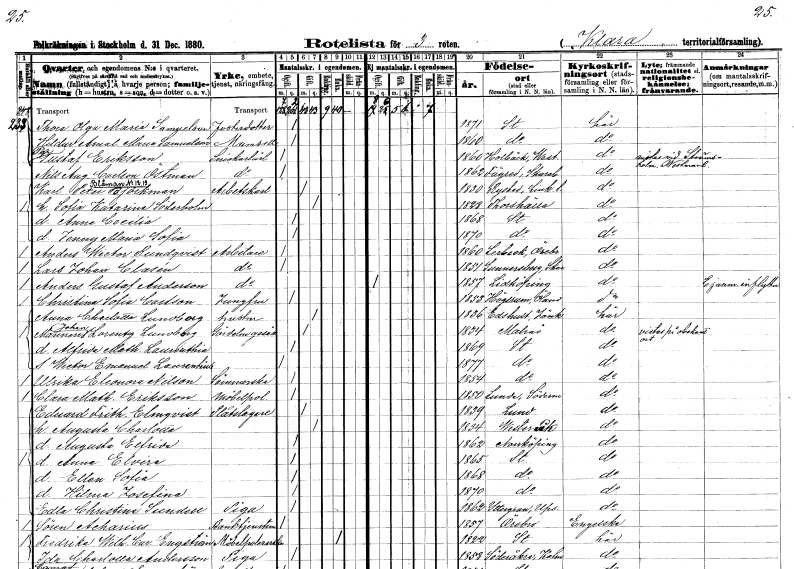
gt_parse: households: individuals: FN: Thora Olga Maria
EN: Samuelsson
KON: K
CIV: O
FODAR: 1871
FODFORS: Stockholm
FN: Hildur Amalia Maria
EN: Samuelsson
KON: K
CIV: O
FODAR: 1860
FODFORS: Stockholm
FN: Per Gustaf
EN: Eriksson
YRKE: Snickarelärling
KON: M
CIV: O
FODAR: 1860
FODFORS: Kolbäck Västmanlands län
FN: Nils August
EN: Carlson Östman
YRKE: Snickarelärling
KON: M
CIV: O
FODAR: 1862
FODFORS: Färed Skaraborgs län
FN: Karl Peter
EN: Björkman
YRKE: Arbetskarl
KON: M
CIV: G
FODAR: 1830
FODFORS: Rystad Östergötlands län
FN: Sofia Katarina
EN: Söderholm
KON: K
CIV: G
FODAR: 1828
FODFORS: Torshälla Södermanlands län
FN: Anna Cecilia
KON: K
CIV: O
FODAR: 1868
FODFORS: Stockholm
FN: Jenny Maria Sofia
KON: K
CIV: O
FODAR: 1870
FODFORS: Stockholm
FN: Anders Wictor
EN: Rundqvist
YRKE: Arbetare
KON: M
CIV: O
FODAR: 1860
FODFORS: Lerbäck Örebro län
FN: Lars Johan
EN: Clasén
YRKE: Arbetare
KON: M
CIV: O
FODAR: 1851
FODFORS: Sunnersberg Skaraborgs län
FN: Anders Gustaf
EN: Anderson
YRKE: Arbetare
KON: M
CIV: O
FODAR: 1857
FODFORS: Lidköping Skaraborgs län
FN: Christina Sofia
EN: Carlson
YRKE: Jungfru
KON: K
CIV: O
FODAR: 1853
FODFORS: Högsrum Kalmar län
FN: Anna Charlotta
EN: Lundborg
YRKE: Hustru
KON: K
CIV: G
FODAR: 1836
FODFORS: Edshult Jönköpings län
FN: Johan Lorentz
EN: Lundborg
YRKE: Gördelmakaregesäll
KON: M
CIV: G
FODAR: 1834
FODFORS: Malmö Malmöhus län
FN: Alfrida Mathilda Laurenthia
KON: K
CIV: O
FODAR: 1869
FODFORS: Stockholm
FN: Wictor Emanuel Laurentius
KON: M
CIV: O
FODAR: 1877
FODFORS: Stockholm
FN: Ulrika Eleonora
EN: Nilson
YRKE: Sömmerska
KON: K
CIV: O
FODAR: 1854
FODFORS: Stockholm
FN: Clara Mathilda
EN: Eriksson
YRKE: Möbelpolererska
KON: K
CIV: O
FODAR: 1850
FODFORS: Lunda Södermanlands län
FN: Edvard Frithiof
EN: Elmqvist
YRKE: Plåtslagare
KON: M
CIV: G
FODAR: 1839
FODFORS: Lund Malmöhus län
FN: Augusta Charlotta
KON: K
CIV: G
FODAR: 1834
FODFORS: Västeråker Uppsala län
FN: Augusta Elfrida
KON: K
CIV: O
FODAR: 1862
FODFORS: Norrköping Östergötlands län
FN: Anna Elvira
KON: K
CIV: O
FODAR: 1865
FODFORS: Stockholm
FN: Ellen Sofia
KON: K
CIV: O
FODAR: 1868
FODFORS: Stockholm
FN: Hilma Josefina
KON: K
CIV: O
FODAR: 1870
FODFORS: Stockholm
FN: Edla Christina
EN: Sundell
YRKE: Piga
KON: K
CIV: O
FODAR: 1862
FODFORS: Yttergran Uppsala län
FN: Sören
EN: Acharius
YRKE: Banktjänsteman
KON: M
CIV: O
FODAR: 1857
FODFORS: Örebro Örebro län
FN: Fredrika Wilhelmina Carolina
EN: Engström
YRKE: Möbelpolererska
KON: K
CIV: E
FODAR: 1822
FODFORS: Stockholm
FN: Ida Charlotta
EN: Andersson
YRKE: Piga
KON: K
CIV: O
FODAR: 1858
FODFORS: Söderåkra Kalmar län